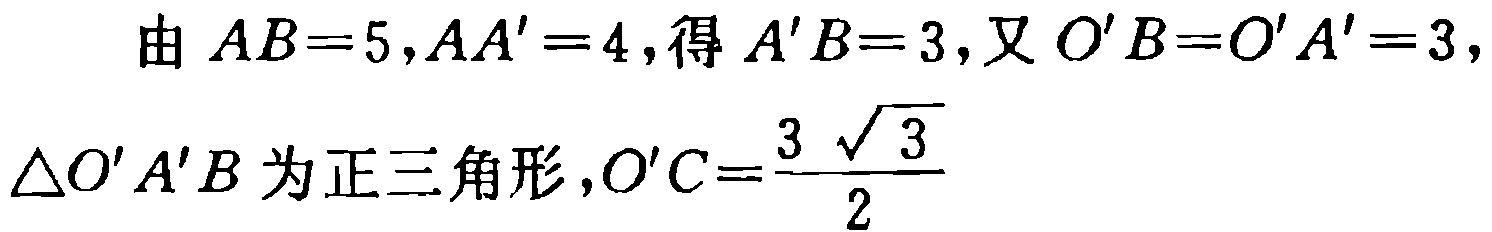
由 \(AB = 5,AA' = 4\),得 \(A'B = 3\),又 \(O'B=O'A' = 3\),
\(\triangle O'A'B\) 为正三角形,\(O'C=\frac{3\sqrt{3}}{2}\)